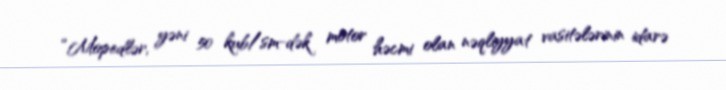
“Mopedlər, yəni 50 kub/sm-dək motor həcmi olan nəqliyyat vasitələrinin idarə